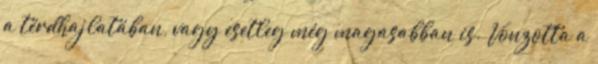
a térdhajlatában, vagy esetleg még magasabban is. Vonzotta a